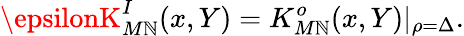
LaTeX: \epsilonK_{M\mathbb{N}}^{I}(x,Y)=K_{M\mathbb{N}}^{o}(x,Y)\vert_{\rho=\Delta}.